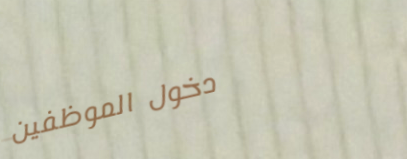
دخول الموظفين